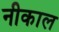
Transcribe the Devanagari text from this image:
नीकाल